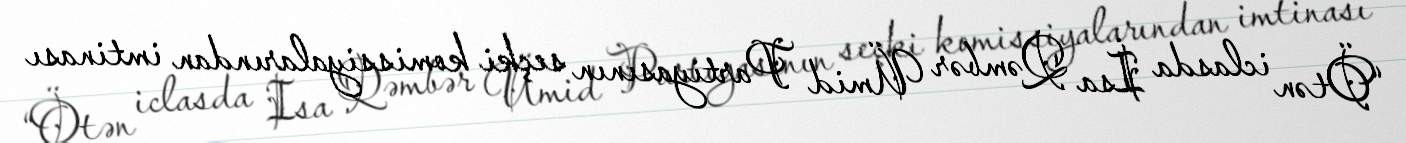
“Ötən iclasda İsa Qəmbər Ümid Partiyasının seçki komissiyalarından imtinası